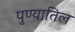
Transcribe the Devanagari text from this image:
पुण्यातिल